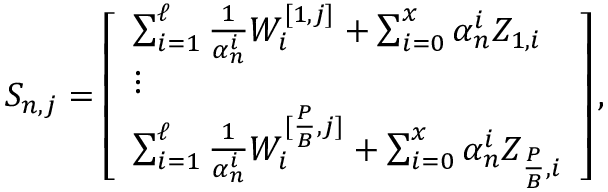
\begin{array} { r } { S _ { n , j } = \left[ \begin{array} { l } { \sum _ { i = 1 } ^ { \ell } \frac { 1 } { \alpha _ { n } ^ { i } } W _ { i } ^ { [ 1 , j ] } + \sum _ { i = 0 } ^ { x } \alpha _ { n } ^ { i } Z _ { 1 , i } } \\ { \vdots } \\ { \sum _ { i = 1 } ^ { \ell } \frac { 1 } { \alpha _ { n } ^ { i } } W _ { i } ^ { [ \frac { P } { B } , j ] } + \sum _ { i = 0 } ^ { x } \alpha _ { n } ^ { i } Z _ { \frac { P } { B } , i } } \end{array} \right] , } \end{array}